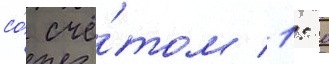
со́ счё́том 1: 0